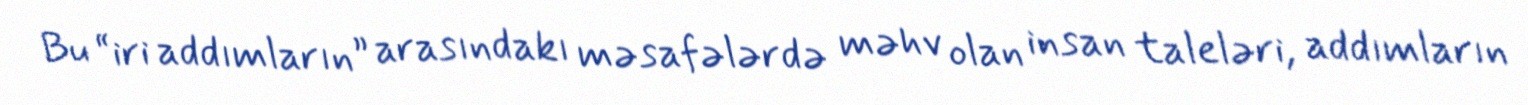
Bu “iri addımların” arasındakı məsafələrdə məhv olan insan taleləri, addımların